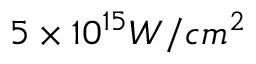
5 \times 1 0 ^ { 1 5 } W / c m ^ { 2 }